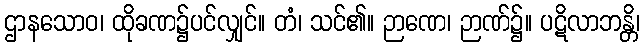
ဌာနသောဝ၊ ထိုခဏ၌ပင်လျှင်။ တံ၊ သင်၏။ ဉာဏေ၊ ဉာဏ်၌။ ပဋိလာဘန္တိ၊